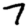
Digit: 7